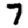
Digit: 7